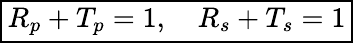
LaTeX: \boxed{R_{p}+T_{p}=1,\quad R_{s}+T_{s}=1}